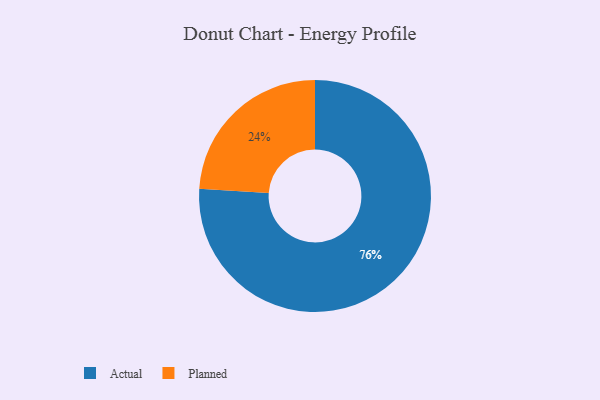
{"axis": {"x": "Category", "y": "Percentage"}, "legend": ["Actual", "Planned"], "data": [{"x": "Actual", "y": 76, "type": "Actual"}, {"x": "Planned", "y": 24, "type": "Planned"}]}